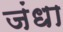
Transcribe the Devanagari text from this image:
जंधा